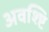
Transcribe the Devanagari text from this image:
अवश्ष्टि